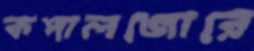
কপালজোরে